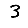
Digit: 3